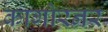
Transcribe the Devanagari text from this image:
कागोरनर